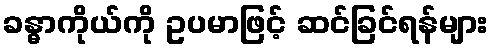
ခန္ဓာကိုယ်ကို ဥပမာဖြင့် ဆင်ခြင်ရန်များ